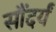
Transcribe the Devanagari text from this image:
सौंदर्यं